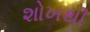
શોખથી